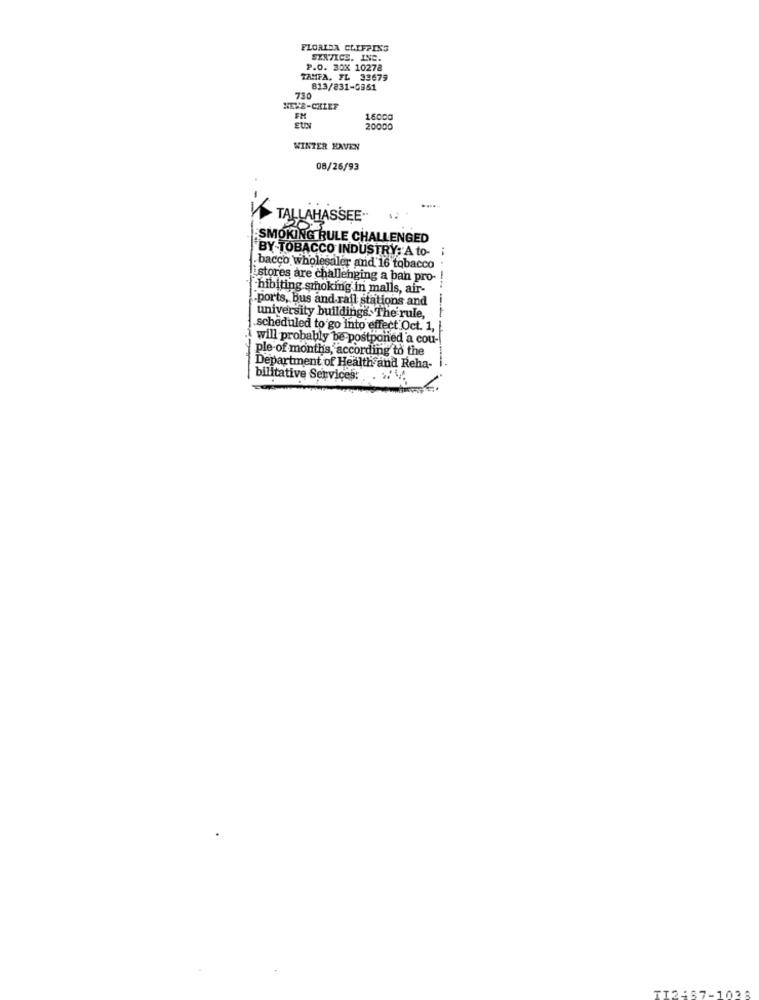
FLORIDA CLIFFINS
SERVICE. INC.
P.O. 30X 10278
TAMPA, FL 33679
813/831-0961
750
NEWS-CHIEF
FM
16000
EUN
20000
WINTER HAVEN
08/26/93
TALLAHASSEE ..
SMOKING RULE CHALLENGED
BY-TOBACCO INDUSTRY; A to-
bacco wholesaler and 16 tobacco
stores are challenging a ban pro
hibiting smoking in malls, air-
.ports, bus and rail stations and
university buildings. The rule,
.scheduled to go into effect Oct. 1,
i will probably be postponed a cou-
ple-of months, according to the
Department of Health and Reha-
bilitative Services: .. .
TI2487-1038